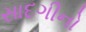
સાદગીનો